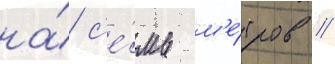
на́ с'е́мь м'е́тров //